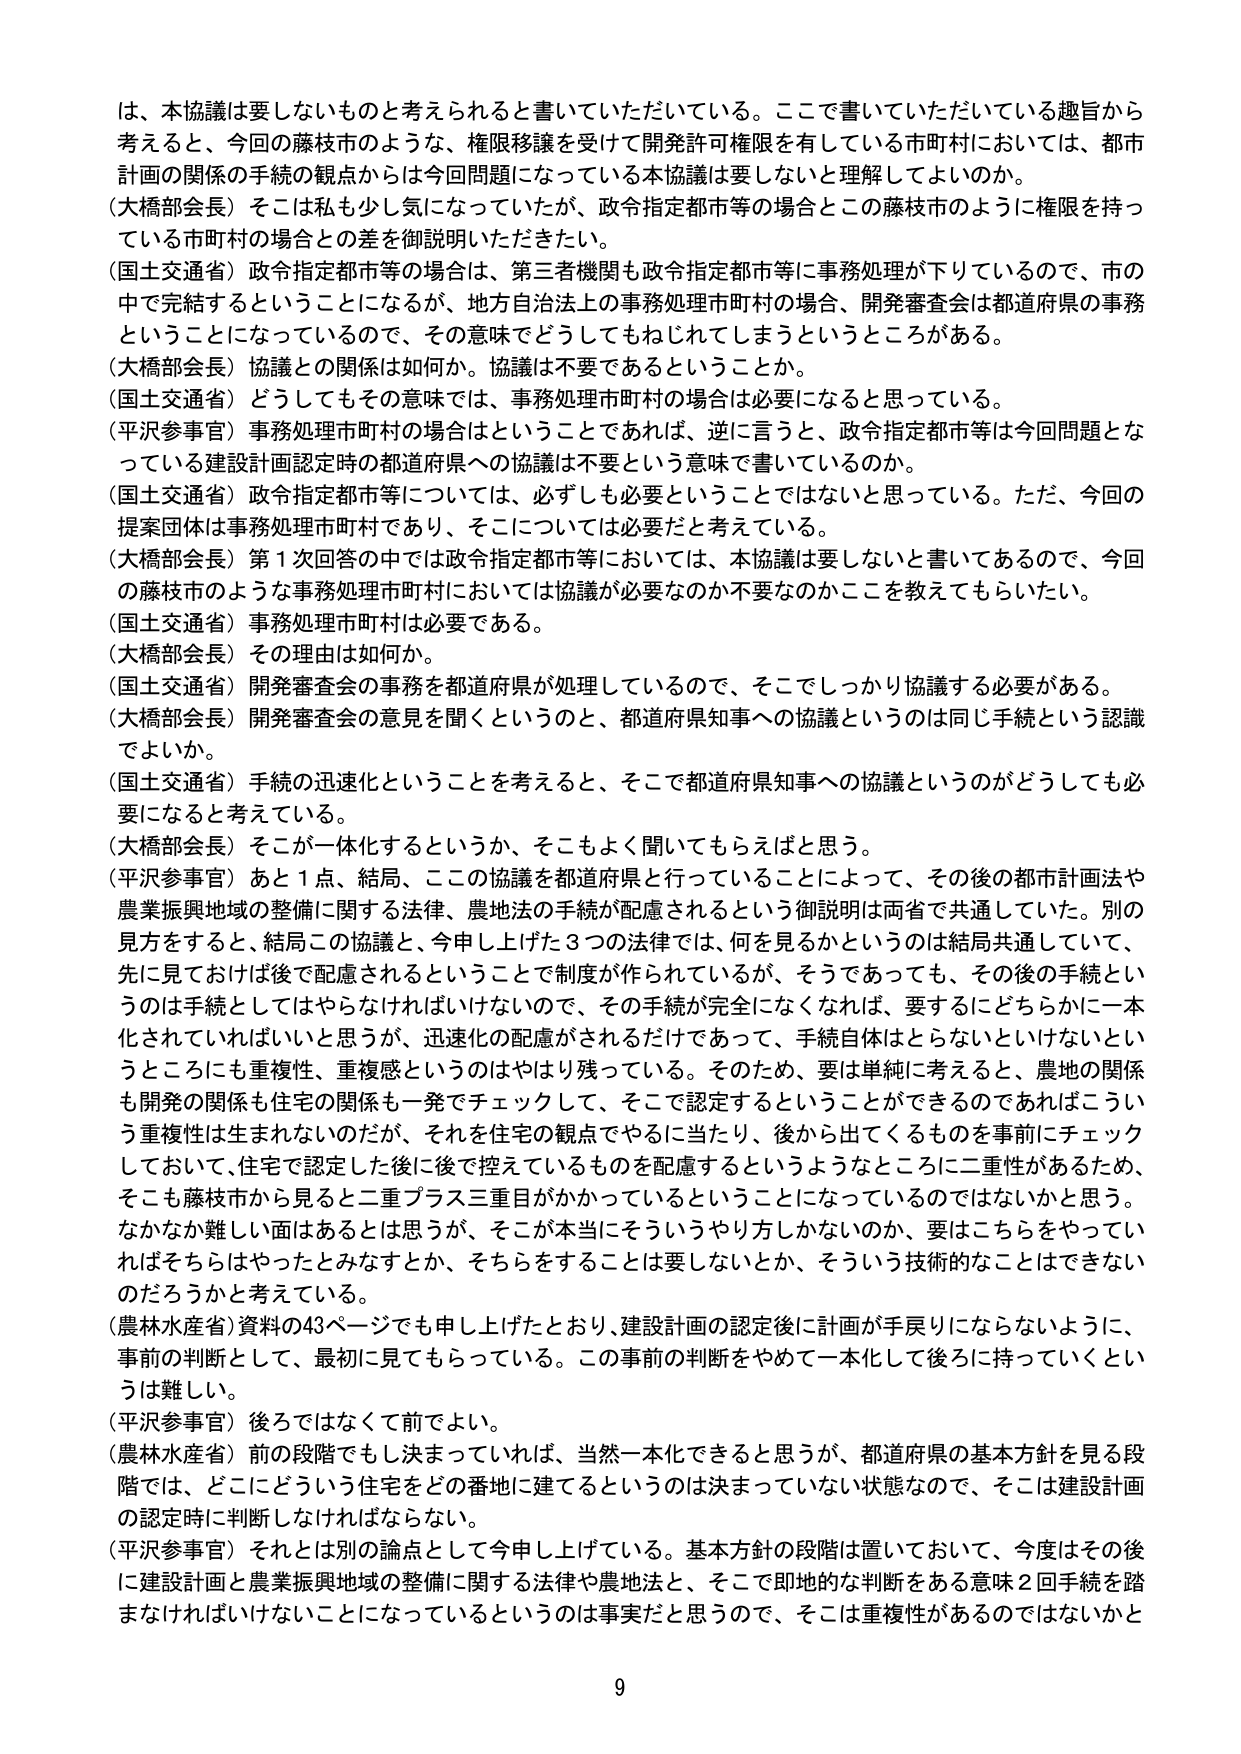
は、本協議は要しないものと考えられると書いていただいている。ここで書いていただいている趣旨から考えると、今回の藤枝市のような、権限移譲を受けて開発許可権限を有している市町村においては、都市計画の関係の手続の観点からは今回問題になっている本協議は要しないと理解してよいのか。

（大橋部会長）そこは私も少し気になっていたが、政令指定都市等の場合とこの藤枝市のように権限を持っている市町村の場合との差を御説明いただきたい。

（国土交通省）政令指定都市等の場合は、第三者機関も政令指定都市等に事務処理が下りているので、市の中で完結するということになるが、地方自治法上の事務処理市町村の場合、開発審査会は都道府県の事務ということになっているので、その意味でどうしてもねじれてしまうというところがある。

（大橋部会長）協議との関係は如何か。協議は不要であるということか。

（国土交通省）どうしてもその意味では、事務処理市町村の場合は必要になると思っている。

（平沢参事官）事務処理市町村の場合はということであれば、逆に言うと、政令指定都市等は今回問題となっている建設計画認定時の都道府県への協議は不要という意味で書いているのか。

（国土交通省）政令指定都市等については、必ずしも必要ということではないと思っている。ただ、今回の提案団体は事務処理市町村であり、そこについては必要だと考えている。

（大橋部会長）第1次回答の中では政令指定都市等においては、本協議は要しないと書いてあるので、今回の藤枝市のような事務処理市町村においては協議が必要なのか不要なのかここを教えてもらいたい。

（国土交通省）事務処理市町村は必要である。

（大橋部会長）その理由は如何か。

（国土交通省）開発審査会の事務を都道府県が処理しているので、そこでしっかり協議する必要がある。

（大橋部会長）開発審査会の意見を聞くというのと、都道府県知事への協議というのは同じ手続という認識でよいか。

（国土交通省）手続の迅速化ということを考えると、そこで都道府県知事への協議というのがどうしても必要になると考えている。

（大橋部会長）そこが一体化するというか、そこもよく聞いてもらえればと思う。

（平沢参事官）あと1点、結局、この協議を都道府県と行っていることによって、その後の都市計画法や農業振興地域の整備に関する法律、農地法の手続が配慮されるという御説明は両省で共通していた。別の見方をすると、結局この協議と、今申し上げた3つの法律では、何を見るかというのは結局共通していて、先に見ておけば後で配慮されるということで制度が作られているが、そうであっても、その後の手続というのは手続としてはやらなければいけないので、その手続が完全になくなれば、要するにどちらかに一本化されていればいいと思うが、迅速化の配慮がされるだけであって、手続自体はとらないといけないというところにも重複性、重複感というのはやはり残っている。そのため、要は単純に考えると、農地の関係も開発の関係も住宅の関係も一発でチェックして、そこで認定するということができるのであればこういう重複性は生まれないのだが、それを住宅の観点でやるに当たり、後から出てくるものを事前にチェックしておいて、住宅で認定した後に後で控えているものを配慮するというようなところに二重性があるため、そこも藤枝市から見ると二重プラス三重目がかかっているということになっているのではないかと思う。なかなか難しい面はあるとは思うが、そこが本当にそういうやり方しかないのか、要はこちらをやっていればそちらはやったとみなすとか、そちらをすることは要しないとか、そういう技術的なことはできないのだろうかと考えている。

（農林水産省）資料の43ページでも申し上げたとおり、建設計画の認定後に計画が手戻りにならないように、事前の判断として、最初に見てもらっている。この事前の判断をやめて一本化して後ろに持っていくというのは難しい。

（平沢参事官）後ろではなくて前でよい。

（農林水産省）前の段階でもし決まっていれば、当然一本化できると思うが、都道府県の基本方針を見る段階では、どこにどういう住宅をどの番地に建てるというのは決まっていない状態なので、そこは建設計画の認定時に判断しなければならない。

（平沢参事官）それとは別の論点として今申し上げている。基本方針の段階は置いておいて、今度はその後に建設計画と農業振興地域の整備に関する法律や農地法と、そこで即地的な判断をある意味2回手続を踏まなければならないことになっているというのは事実だと思うので、そこは重複性があるのではないかと

9